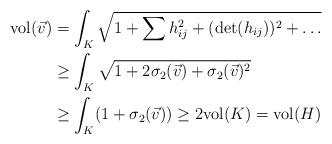
LaTeX: \begin{align*}\mathrm{vol}(\vec{v})&=\int_{K}\sqrt{1+\sum h_{ij}^{2}+(\mathrm{det}(h_{ij}))^{2}+\ldots}\\&\geq \int_{K}\sqrt{1+2\sigma_{2}(\vec{v})+\sigma_{2}(\vec{v})^{2}}\\&\geq \int_{K}(1+\sigma_{2}(\vec{v}))\geq 2\mathrm{vol}(K)=\mathrm{vol}(H)\end{align*}